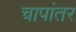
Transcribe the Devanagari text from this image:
चापांतर